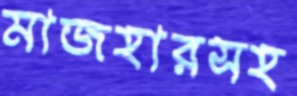
মাজহারসহ